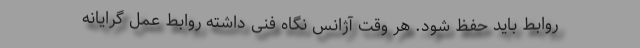
روابط باید حفظ شود. هر وقت آژانس نگاه فنی داشته روابط عمل گرایانه